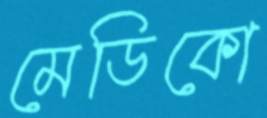
মেডিকো